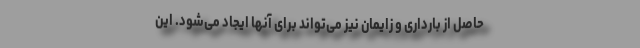
حاصل از بارداری و زایمان نیز می‌تواند برای آنها ایجاد می‌شود. این